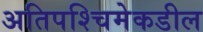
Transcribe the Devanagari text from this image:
अतिपश्चिमेकडील